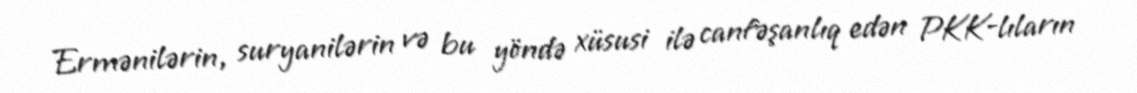
Ermənilərin, suryanilərin və bu yöndə xüsusi ilə canfəşanlıq edən PKK-lıların